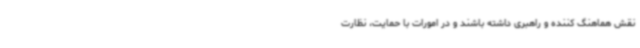
نقش هماهنگ کننده و راهبری داشته باشند و در امورات با حمایت، نظارت